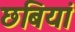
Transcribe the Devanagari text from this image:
छबियां